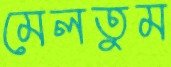
মেলতুম